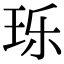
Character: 𬍛